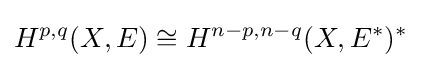
H^{p,q}(X,E)\cong H^{n-p,n-q}(X,E^{*})^{*}